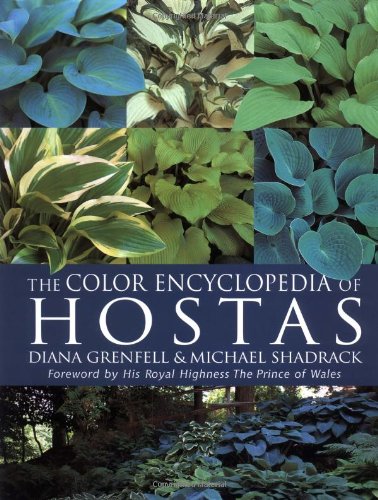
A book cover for The Color Encyclopedia of Hostas; Diana Grenfell; Crafts, Hobbies & Home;